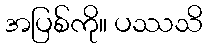
အပြစ်ကို။ ပဿသိ